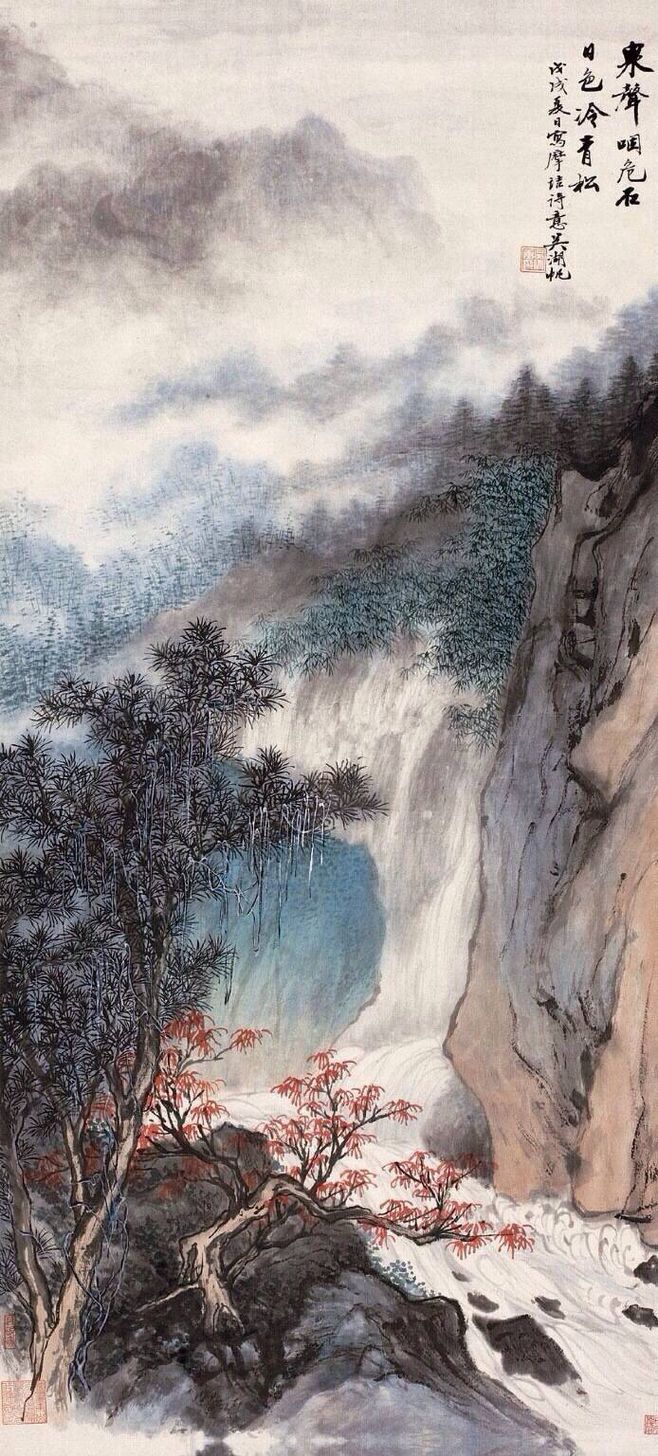
我欲穿花寻路，直入白云深处，浩气展虹霓。